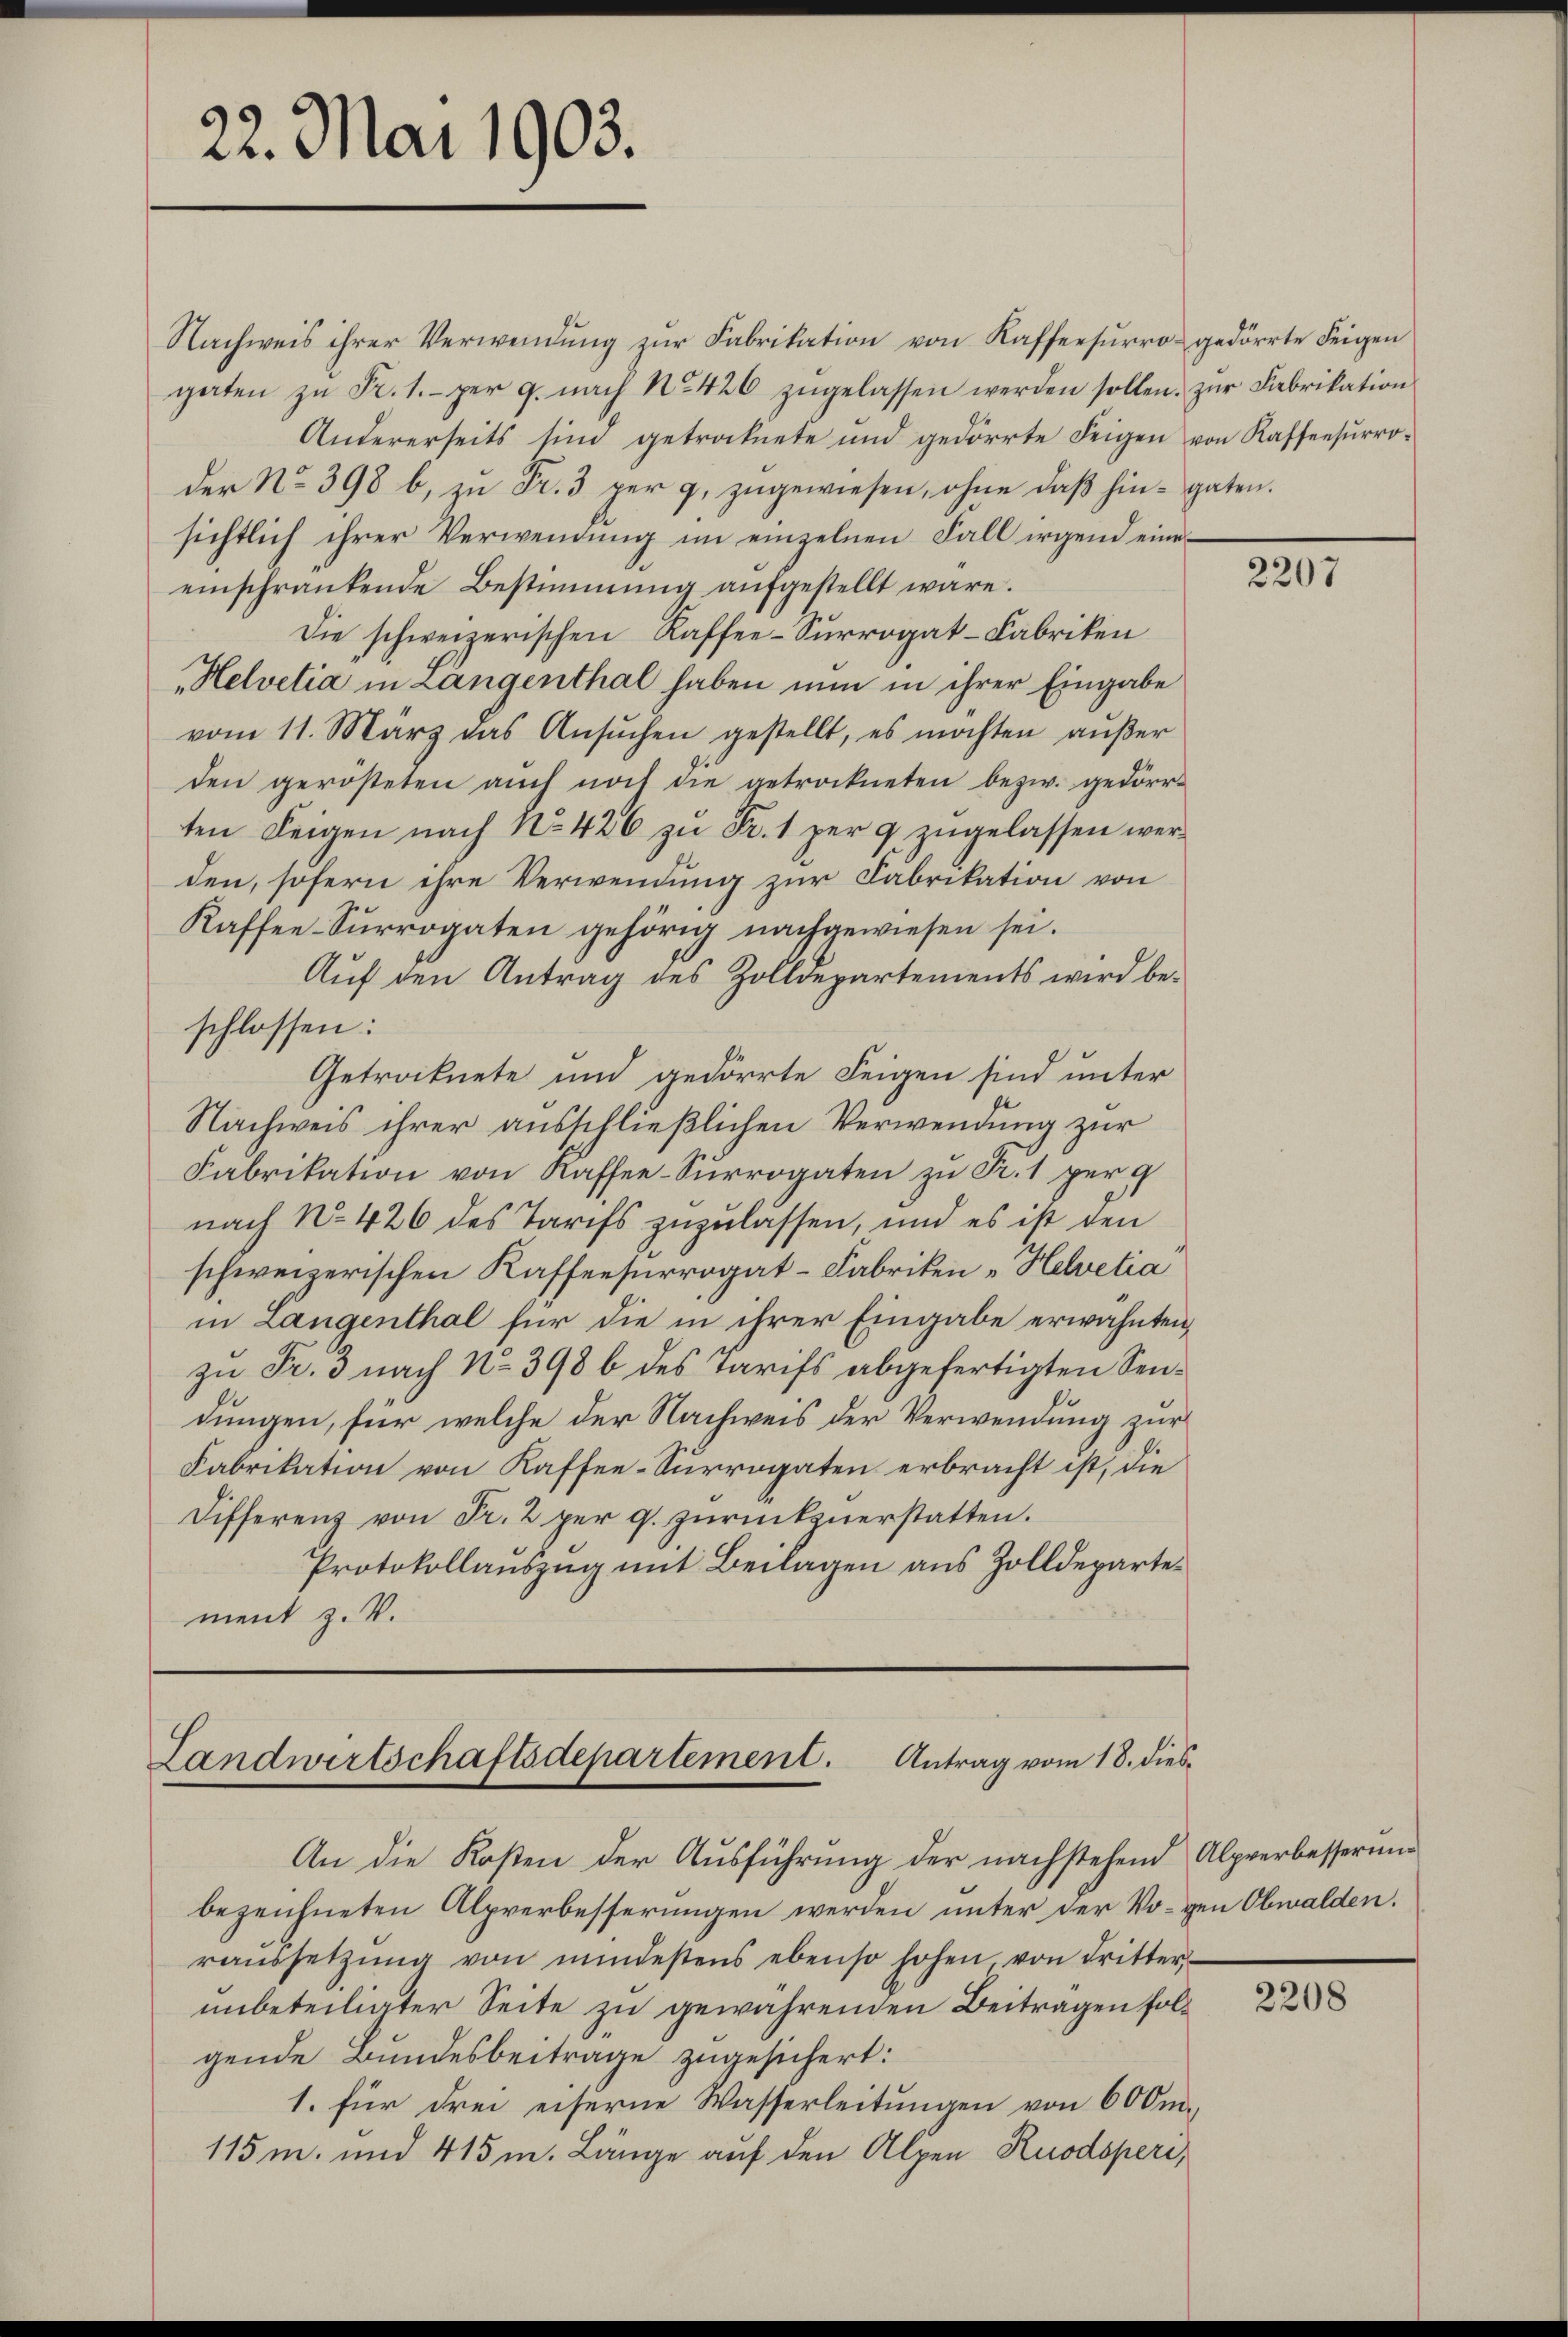
22. Mai 1903.

Nachweis ihrer Verwendŭng zŭr Fabrikation von Kaffeesŭrro gedörrte Feigen
gaten zŭ Fr. 1. per g. nach No 426 zŭgelassen werden sollen. zŭr Fabrikation
Andererseits sind getrocknete und gedörrte Feigen von Kassensŭrro-
der No 398 b, zu Fr. 3 per 9. zugewiesen, ohne daß hin- gaten.
sichtlich ihrer Verwendung im einzelnen Fall irgend eineeinschrankende Bestimmung aŭfgestellt wäre.
Die schweizerischen Kaffee-Surrogat-Fabriken
„Helvetia in Längenthal haben nun in ihrer Eingabe
vom 11. März das Ansŭchen gestellt, es möchten aŭβer
den gerösteten aŭch not die getrockneten bezw. gedörr-
ten Feigen nach No. 426 zŭ Fr. 1 per 9 zugelassen werden, sofern ihre Verwendung zur Fabrikation von
Kaffee-Sŭrrogaten gehörig nachgewiesen sei.
Auf den Antrag des Zolldepartements wird beschlossen:
Getrocknete und gedörrte Feigen sind unter
Nachweis ihrer ausschließlichen Verwendung zur
Fabrikation von Kaffee-Surrogaten zu Fr. 1 per g
nach No 426 des Tarifs zuzulassen, und es ist den
schweizerischen Kaffeesurrogat-Fabriken „Helvetia
in Langenthal für die in ihrer Eingabe erwähnten,
zu Fr. 3 nach No. 398 b des Tarifs abgefertigten Sendungen, für welche der Nachweis der Verwendung zur
Fabrikation von Kaffee-Surrogaten erbracht ist, die
Differenz von Fr. 2 per g. zurückzuerstatten.
Protokollauszug mit Beilagen aus Zolldepartement z. V.

Landwertschaftsdepartement. Antrag vom 18. dies¬

An die Kosten der Ausführung der nachstehend Alpverbesserung
bezeichneten Alpverbesserungen werden unter der Vorgen Obwalden.
raŭssetzŭng von mindestens ebenso hohen von dritter-
unbeteiligter Seite zu gewährenden Beitragen folgende Bundesbeitrage zugesichert:
1. für drei eiserne Wasserleitungen von 600 m.
115m. und 415 m. Länge auf den Alpen Kuodsperi,

2207

2208